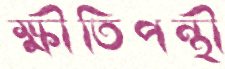
ক্ষীতিপন্থী